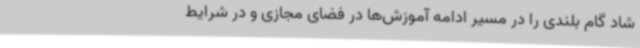
شاد گام بلندی را در مسیر ادامه آموزش‌ها در فضای مجازی و در شرایط